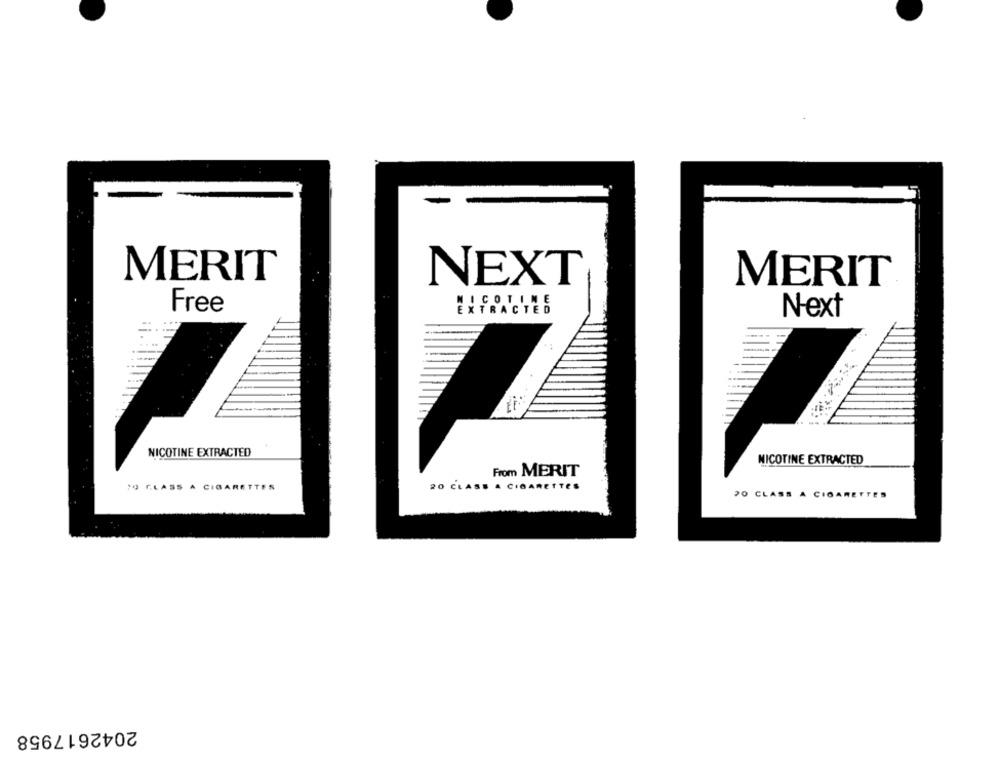
MERIT
NEXT
MERIT
NICOTINE
Free
EXTRACTED
Next
NICOTINE EXTRACTED
NICOTINE EXTRACTED
From MERIT
19 CLASS A CIGARETTES
20 CLASS A CIGARETTES
PO CLASS A CIGARETTES
2042617958